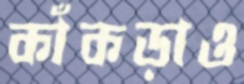
কাঁকড়াও